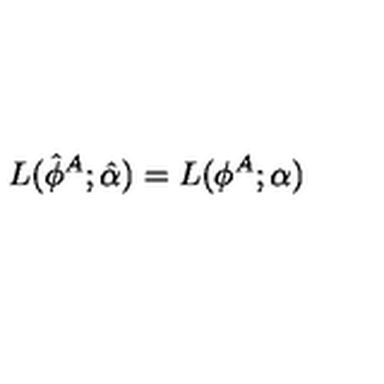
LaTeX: L ( \hat { \phi } ^ { A } ; \hat { \alpha } ) = L ( \phi ^ { A } ; \alpha )